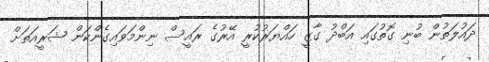
ދައުލަތުން ބުނި ގޮތުގައި އަބްދު ގާޒީ ހައްޔަރުކުރީ އޭރުގެ ރައީސް ނިންމަވައިގެންކަން ޝަރީއަތަށް